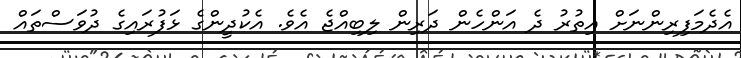
އެދެމަފިރިންނަށް އިތުރު ދެ އަންހެން ދަރިން ލިބިއްޖެ އެވެ. އެކުދީންގެ ޅަފުރައިގެ ދުވަސްތައް